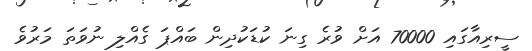
ސީރިއާގައި 70000 އަށް ވުރެ ގިނަ ކުޑަކުދިން ބައްޕަ ގެއްލި ނުވަތަ މަރުވެ